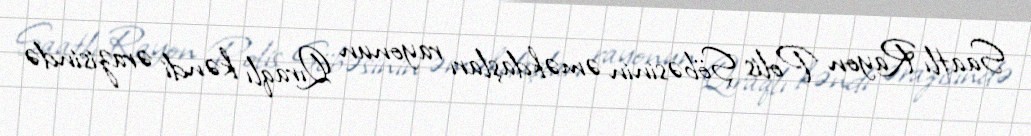
Saatlı Rayon Polis Şöbəsinin əməkdaşları rayonun Qıraqlı kəndi ərazisində